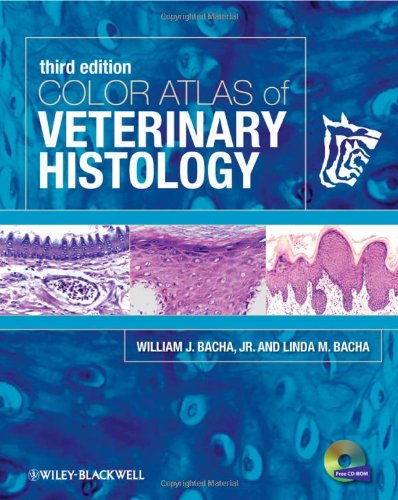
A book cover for Color Atlas of Veterinary Histology; William J. Bacha; Medical Books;